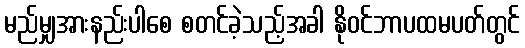
မည်မျှအားနည်းပါစေ စတင်ခဲ့သည့်အခါ နိုဝင်ဘာပထမပတ်တွင်